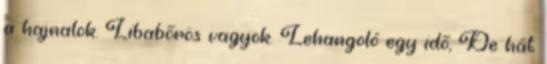
a hajnalok. Libabőrös vagyok. Lehangoló egy idő, De hát